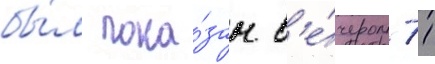
бы́л пока́зан в'е́чером 11